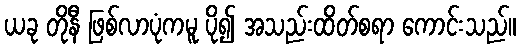
ယခု တိုနီ ဖြစ်လာပုံကမူ ပို၍ အသည်းထိတ်စရာ ကောင်းသည်။